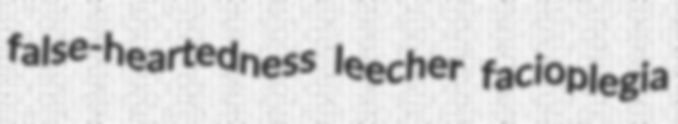
false-heartedness leecher facioplegia